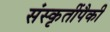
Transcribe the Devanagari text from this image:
संस्कृतींपैकी